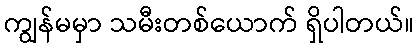
ကျွန်မမှာ သမီးတစ်ယောက် ရှိပါတယ်။